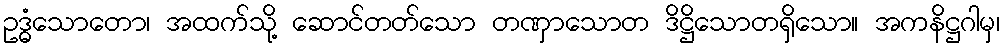
ဥဒ္ဓံသောတော၊ အထက်သို့ ဆောင်တတ်သော တဏှာသောတ ဒိဋ္ဌိသောတရှိသော။ အကနိဋ္ဌဂါမှ၊